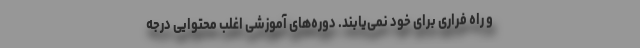
و راه فراری برای خود نمی‌یابند. دوره‌های آموزشی اغلب محتوایی درجه